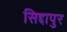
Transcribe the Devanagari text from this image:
सिद्दापुर